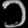
Digit: ၁